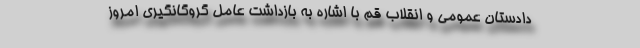
دادستان عمومی و انقلاب قم با اشاره به بازداشت عامل گروگانگیری امروز